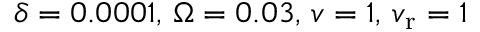
\delta = 0 . 0 0 0 1 , \, \Omega = 0 . 0 3 , \, v = 1 , \, v _ { \mathrm { r } } = 1